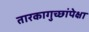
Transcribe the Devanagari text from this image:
तारकागुच्छांपेक्षा